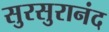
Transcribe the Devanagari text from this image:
सुरसुरानंद